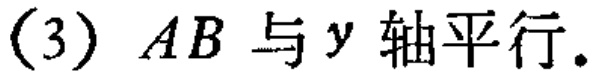
(3) \(AB\) 与 \(y\) 轴平行.